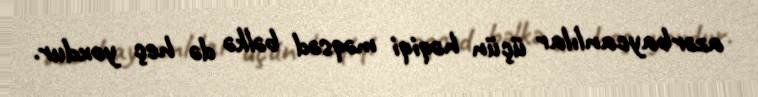
azərbaycanlılar üçün həqiqi məqsəd bəlkə də heç yoxdur.